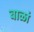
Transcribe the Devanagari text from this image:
बाळां